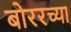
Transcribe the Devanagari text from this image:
बोररच्या